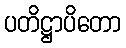
ပတိဋ္ဌာပိတော